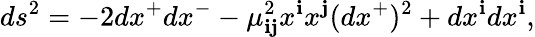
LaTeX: ds^{2}=-2dx^{+}dx^{-}-\mu_{\mathbf{i}\mathbf{j}}^{2}x^{\mathbf{i}}x^{\mathbf{j}}(dx^{+})^{2}+dx^{\mathbf{i}}dx^{\mathbf{i}},